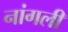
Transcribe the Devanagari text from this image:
नांगली